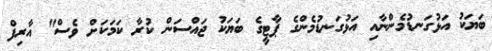
ބަޔަކު އަޅުގަނޑުމެންނާއި އަޅުގަނޑުމެންގެ ޕާޓީގެ ބަޔަކު ޖައްސަން ކުރާ ކަމަކަށް ވެސް" އާާރިފް